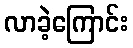
လာခဲ့ကြောင်း